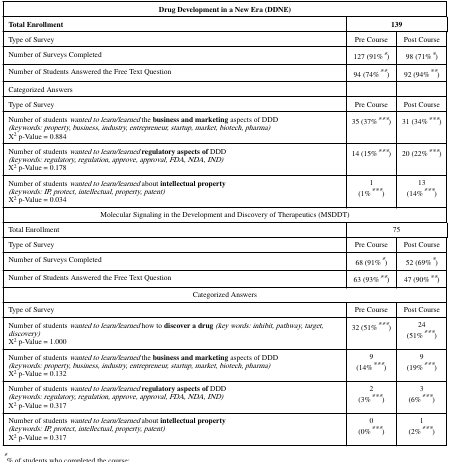
| <COLSPAN=3> Drug Development in a New Era (DDNE) |
 | Total Enrollment | <COLSPAN=2> 139 |
 | --- | --- | --- |
 | Type of Survey | Pre Course | Post Course |
 | Number of Surveys Completed | 127 (91%*) | 98 (71%*) |
 | Number of Students Answered the Free Text Question | 94 (74%**) | 92 (94%**) |
 | Categorized Answers |  |  |
 | Type of Survey | Pre Course | Post Course |
 | Number of students wanted to learn/learned the business and marketing aspects of DDD(keywords: property, business, industry, entrepreneur, startup, market, biotech, pharma)X2 p-Value = 0.884 | 35 (37%***) | 31 (34%***) |
 | Number of students wanted to learn/learnedregulatory aspects of DDD(keywords: regulatory, regulation, approve, approval, FDA, NDA, IND)X2 p-Value = 0.178 | 14 (15%***) | 20 (22%***) |
 | Number of students wanted to learn/learned about intellectual property(keywords: IP, protect, intellectual, property, patent)X2 p-Value = 0.034 | 1(1%***) | 13(14%***) |
 | <COLSPAN=3> Molecular Signaling in the Development and Discovery of Therapeutics (MSDDT) |
 | Total Enrollment | <COLSPAN=2> 75 |
 | Type of Survey | Pre Course | Post Course |
 | Number of Surveys Completed | 68 (91%*) | 52 (69%*) |
 | Number of Students Answered the Free Text Question | 63 (93%**) | 47 (90%**) |
 | <COLSPAN=3> Categorized Answers |
 | Type of Survey | Pre Course | Post Course |
 | Number of students wanted to learn/learned how to discover a drug(key words: inhibit, pathway, target, discovery)X2 p-Value = 1.000 | 32 (51%***) | 24(51%***) |
 | Number of students wanted to learn/learned the business and marketing aspects of DDD(keywords: property, business, industry, entrepreneur, startup, market, biotech, pharma)X2 p-Value = 0.132 | 9(14%***) | 9(19%***) |
 | Number of students wanted to learn/learnedregulatory aspects of DDD(keywords: regulatory, regulation, approve, approval, FDA, NDA, IND)X2 p-Value = 0.317 | 2(3%***) | 3(6%***) |
 | Number of students wanted to learn/learned about intellectual property(keywords: IP, protect, intellectual, property, patent)X2 p-Value = 0.317 | 0(0%***) | 1(2%***) |